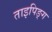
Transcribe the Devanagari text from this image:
ताइपिङ्ग